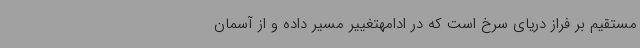
مستقیم بر فراز دریای سرخ است که در ادامهتغییر مسیر داده و از آسمان